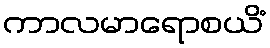
ကာလမာရောစယိံ